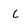
Character: C